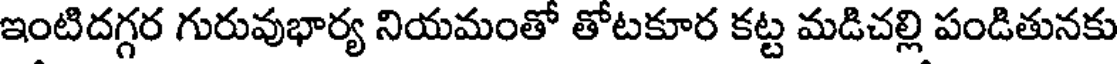
ఇంటిదగ్గర గురువుభార్య నియమంతో తోటకూర కట్ట మడిచల్లి పండితునకు